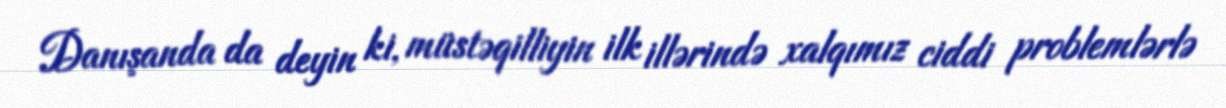
Danışanda da deyin ki, müstəqilliyin ilk illərində xalqımız ciddi problemlərlə